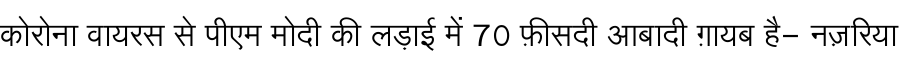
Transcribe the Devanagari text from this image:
कोरोना वायरस से पीएम मोदी की लड़ाई में 70 फ़ीसदी आबादी ग़ायब है- नज़रिया